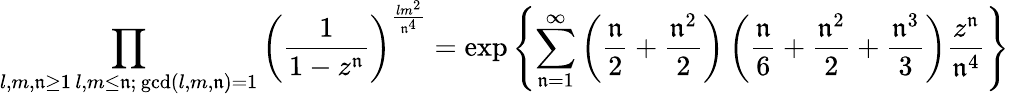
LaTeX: \prod_{\substack{l,m,\mathfrak{n}\geq1\, l,m\leq\mathfrak{n};\, \operatorname*{gcd}(l,m,\mathfrak{n})=1}}\left(\frac{{1}}{{1-z^{\mathfrak{n}}}}\right)^{\frac{{lm^{2}}}{{\mathfrak{n}^{4}}}}=\exp\left\{ \sum_{\mathfrak{n}=1}^{\infty}\left(\frac{{\mathfrak{n}}}{{2}}+\frac{{\mathfrak{n}^{2}}}{{2}}\right)\left(\frac{{\mathfrak{n}}}{{6}}+\frac{{\mathfrak{n}^{2}}}{{2}}+\frac{{\mathfrak{n}^{3}}}{{3}}\right)\frac{{z^{\mathfrak{n}}}}{{\mathfrak{n}^{4}}}\right\}